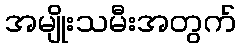
အမျိုးသမီးအတွက်